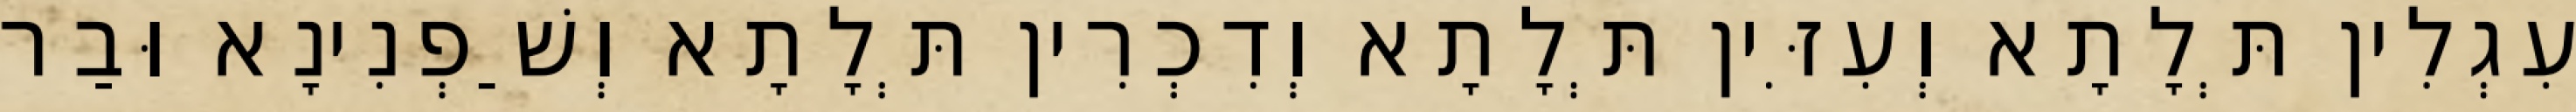
עִגְלִין תְּלָתָא וְעִזִּין תְּלָתָא וְדִכְרִין תְּלָתָא וְשַׁפְנִינָא וּבַר